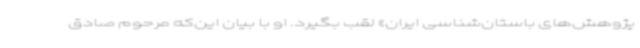
پژوهش‌های باستان‌شناسی ایران» لقب بگیرد. او با بیان این‌که مرحوم صادق